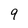
Character: 9